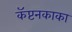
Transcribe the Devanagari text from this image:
कॅप्टनकाका